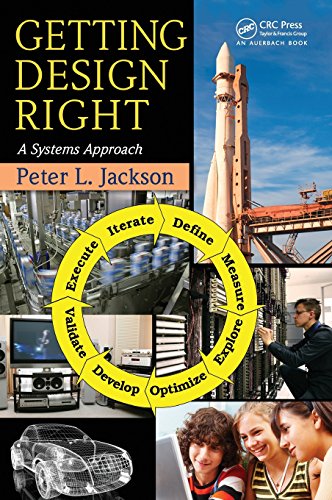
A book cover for Getting Design Right: A Systems Approach; Peter L. Jackson; Engineering & Transportation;